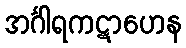
အင်္ဂါရကဋာဟေန